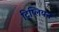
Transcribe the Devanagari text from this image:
ट्रिप्लियन